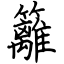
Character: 籬